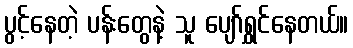
ပွင့်နေတဲ့ ပန်းတွေနဲ့ သူ ပျော်ရွှင်နေတယ်။